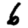
Digit: 6